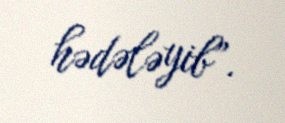
hədələyib”.